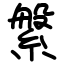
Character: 縏